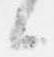
候